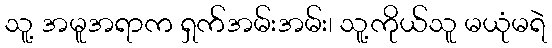
သူ့ အမူအရာက ရှက်အမ်းအမ်း၊ သူ့ကိုယ်သူ မယုံမရဲ